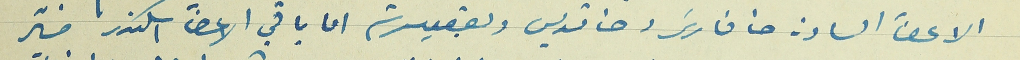
الاعضآ السادة حنا فارسَ وحنا قديس ويعقوب رستم اما باقي الاعضآ اسكندر منيَر